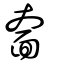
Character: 奤